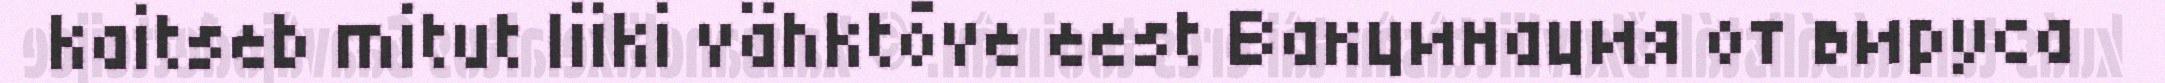
kaitseb mitut liiki vähktõve eest Вакцинация от вируса